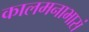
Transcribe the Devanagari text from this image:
कालमनाभासं